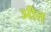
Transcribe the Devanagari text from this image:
अीत